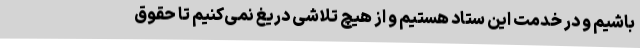
باشیم و در خدمت این ستاد هستیم و از هیچ تلاشی دریغ نمی‌کنیم تا حقوق